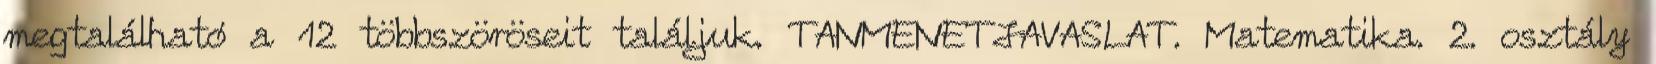
megtalálható a 12 többszöröseit találjuk. TANMENETJAVASLAT. Matematika. 2. osztály